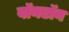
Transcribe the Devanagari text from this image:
वॉनटॉन